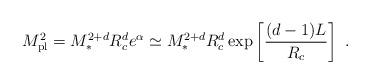
LaTeX: \begin{align*}M_{\rm pl}^2=M_*^{2+d}R_c^d e^{\alpha } \simeq M_*^{2+d} R^d_c \exp\left[\frac{(d-1) L}{R_c} \right] \ .\end{align*}